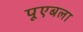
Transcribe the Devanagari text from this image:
पूएबला